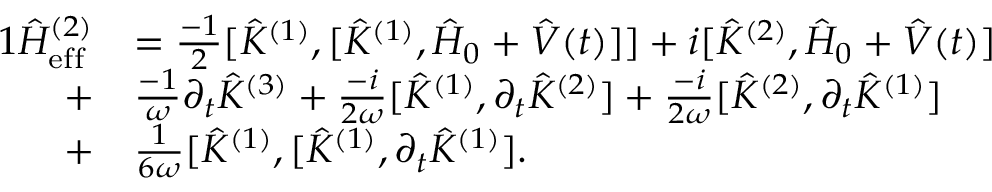
\begin{array} { r l } { { 1 } \hat { H } _ { \mathrm { e f f } } ^ { ( 2 ) } } & { = \frac { - 1 } { 2 } [ \hat { K } ^ { ( 1 ) } , [ \hat { K } ^ { ( 1 ) } , \hat { H } _ { 0 } + \hat { V } ( t ) ] ] + i [ \hat { K } ^ { ( 2 ) } , \hat { H } _ { 0 } + \hat { V } ( t ) ] } \\ { + } & { \frac { - 1 } { \omega } \partial _ { t } \hat { K } ^ { ( 3 ) } + \frac { - i } { 2 \omega } [ \hat { K } ^ { ( 1 ) } , \partial _ { t } \hat { K } ^ { ( 2 ) } ] + \frac { - i } { 2 \omega } [ \hat { K } ^ { ( 2 ) } , \partial _ { t } \hat { K } ^ { ( 1 ) } ] } \\ { + } & { \frac { 1 } { 6 \omega } [ \hat { K } ^ { ( 1 ) } , [ \hat { K } ^ { ( 1 ) } , \partial _ { t } \hat { K } ^ { ( 1 ) } ] . } \end{array}